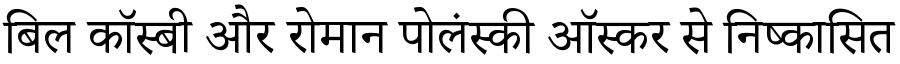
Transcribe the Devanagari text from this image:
बिल कॉस्बी और रोमान पोलंस्की ऑस्कर से निष्कासित